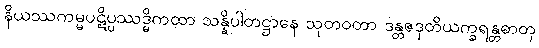
နိယဿကမ္မပဋိပ္ပဿဒ္ဓိကထာ သန္နိပါတဋ္ဌာနေ သုတဝတာ ဒန္တဇဒုတိယက္ခရန္တဓာတု